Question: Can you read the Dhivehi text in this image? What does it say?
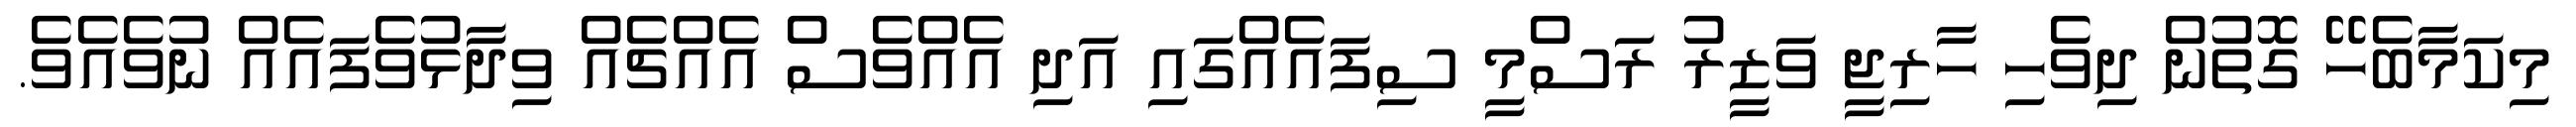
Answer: މިކަމާބެހޭ ގޮތުން ދިވެހި ހާރިޖީ ވަޒީރު ރަސްމީ ސިފައެއްގައި އަދި އެއްވެސް އެއްޗެއް ވިދާޅުވެފައެއް ނުވެއެވެ.